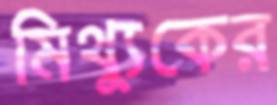
মিথ্যুকের